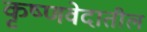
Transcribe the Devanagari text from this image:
कृष्णवेदातील